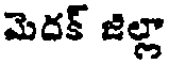
మెదక్ జిల్లా